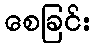
စေခြင်း